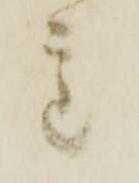
重